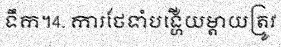
ទឹក។4. ការថែទាំបង្ហើយម្តាយត្រូវ